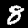
Label: 8